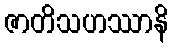
ဇာတိသဟဿာနိ